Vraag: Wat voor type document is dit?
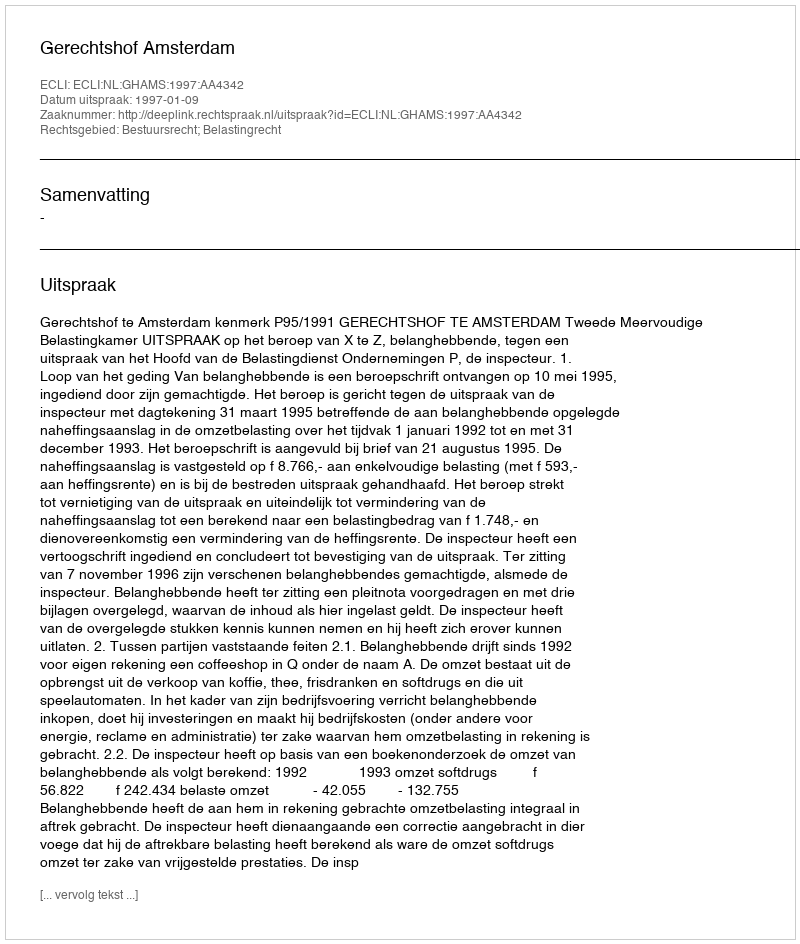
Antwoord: Uitspraak